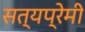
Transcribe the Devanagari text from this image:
सत्यप्रेमी